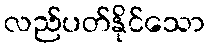
လည်ပတ်နိုင်သော